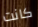
كانت